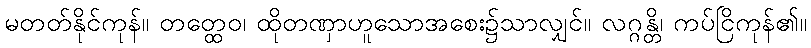
မတတ်နိုင်ကုန်။ တတ္ထေဝ၊ ထိုတဏှာဟူသောအစေး၌သာလျှင်။ လဂ္ဂန္တိ၊ ကပ်ငြိကုန်၏။